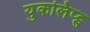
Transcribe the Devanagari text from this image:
युकलिप्ट्स